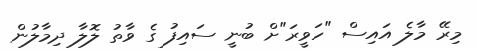
މިރޭ މާލެ އައިސް "ހަވީރަ"ށް ބުނީ ސައިފު ގެ ވާތު ލޮލާ ދިމާލުން